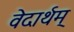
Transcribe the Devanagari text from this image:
वेदार्थम्